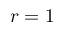
r = 1